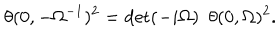
\theta ( 0 , - \Omega ^ { - 1 } ) ^ { 2 } = \det ( - i \Omega ) \, \, \, \theta ( 0 , \Omega ) ^ { 2 } .